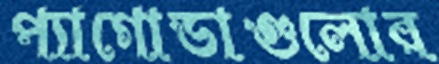
প্যাগোডাগুলোর